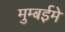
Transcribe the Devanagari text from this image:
मुम्बईमे